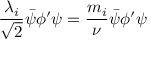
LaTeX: { \frac { \lambda _ { i } } { \sqrt { 2 } } } { \bar { \psi } } \phi ^ { \prime } \psi = { \frac { m _ { i } } { \nu } } { \bar { \psi } } \phi ^ { \prime } \psi